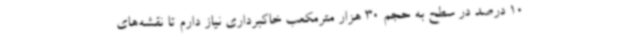
10 درصد در سطح به حجم 30 هزار مترمکعب خاکبرداری نیاز دارم تا نقشه‌های